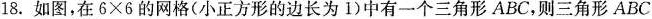
18.如图，在6×6的网格(小正方形的边长为1)中有一个三角形ABC，则三角形ABC